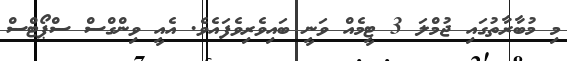
މި މުބާރާތުގައި ޖުމްލަ 3 ޓީމެއް ވަނީ ބައިވެރިވެފައެވެ. އެއީ ވިންގްސް ސްޕޯޓްސް